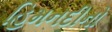
હિમનદીનો